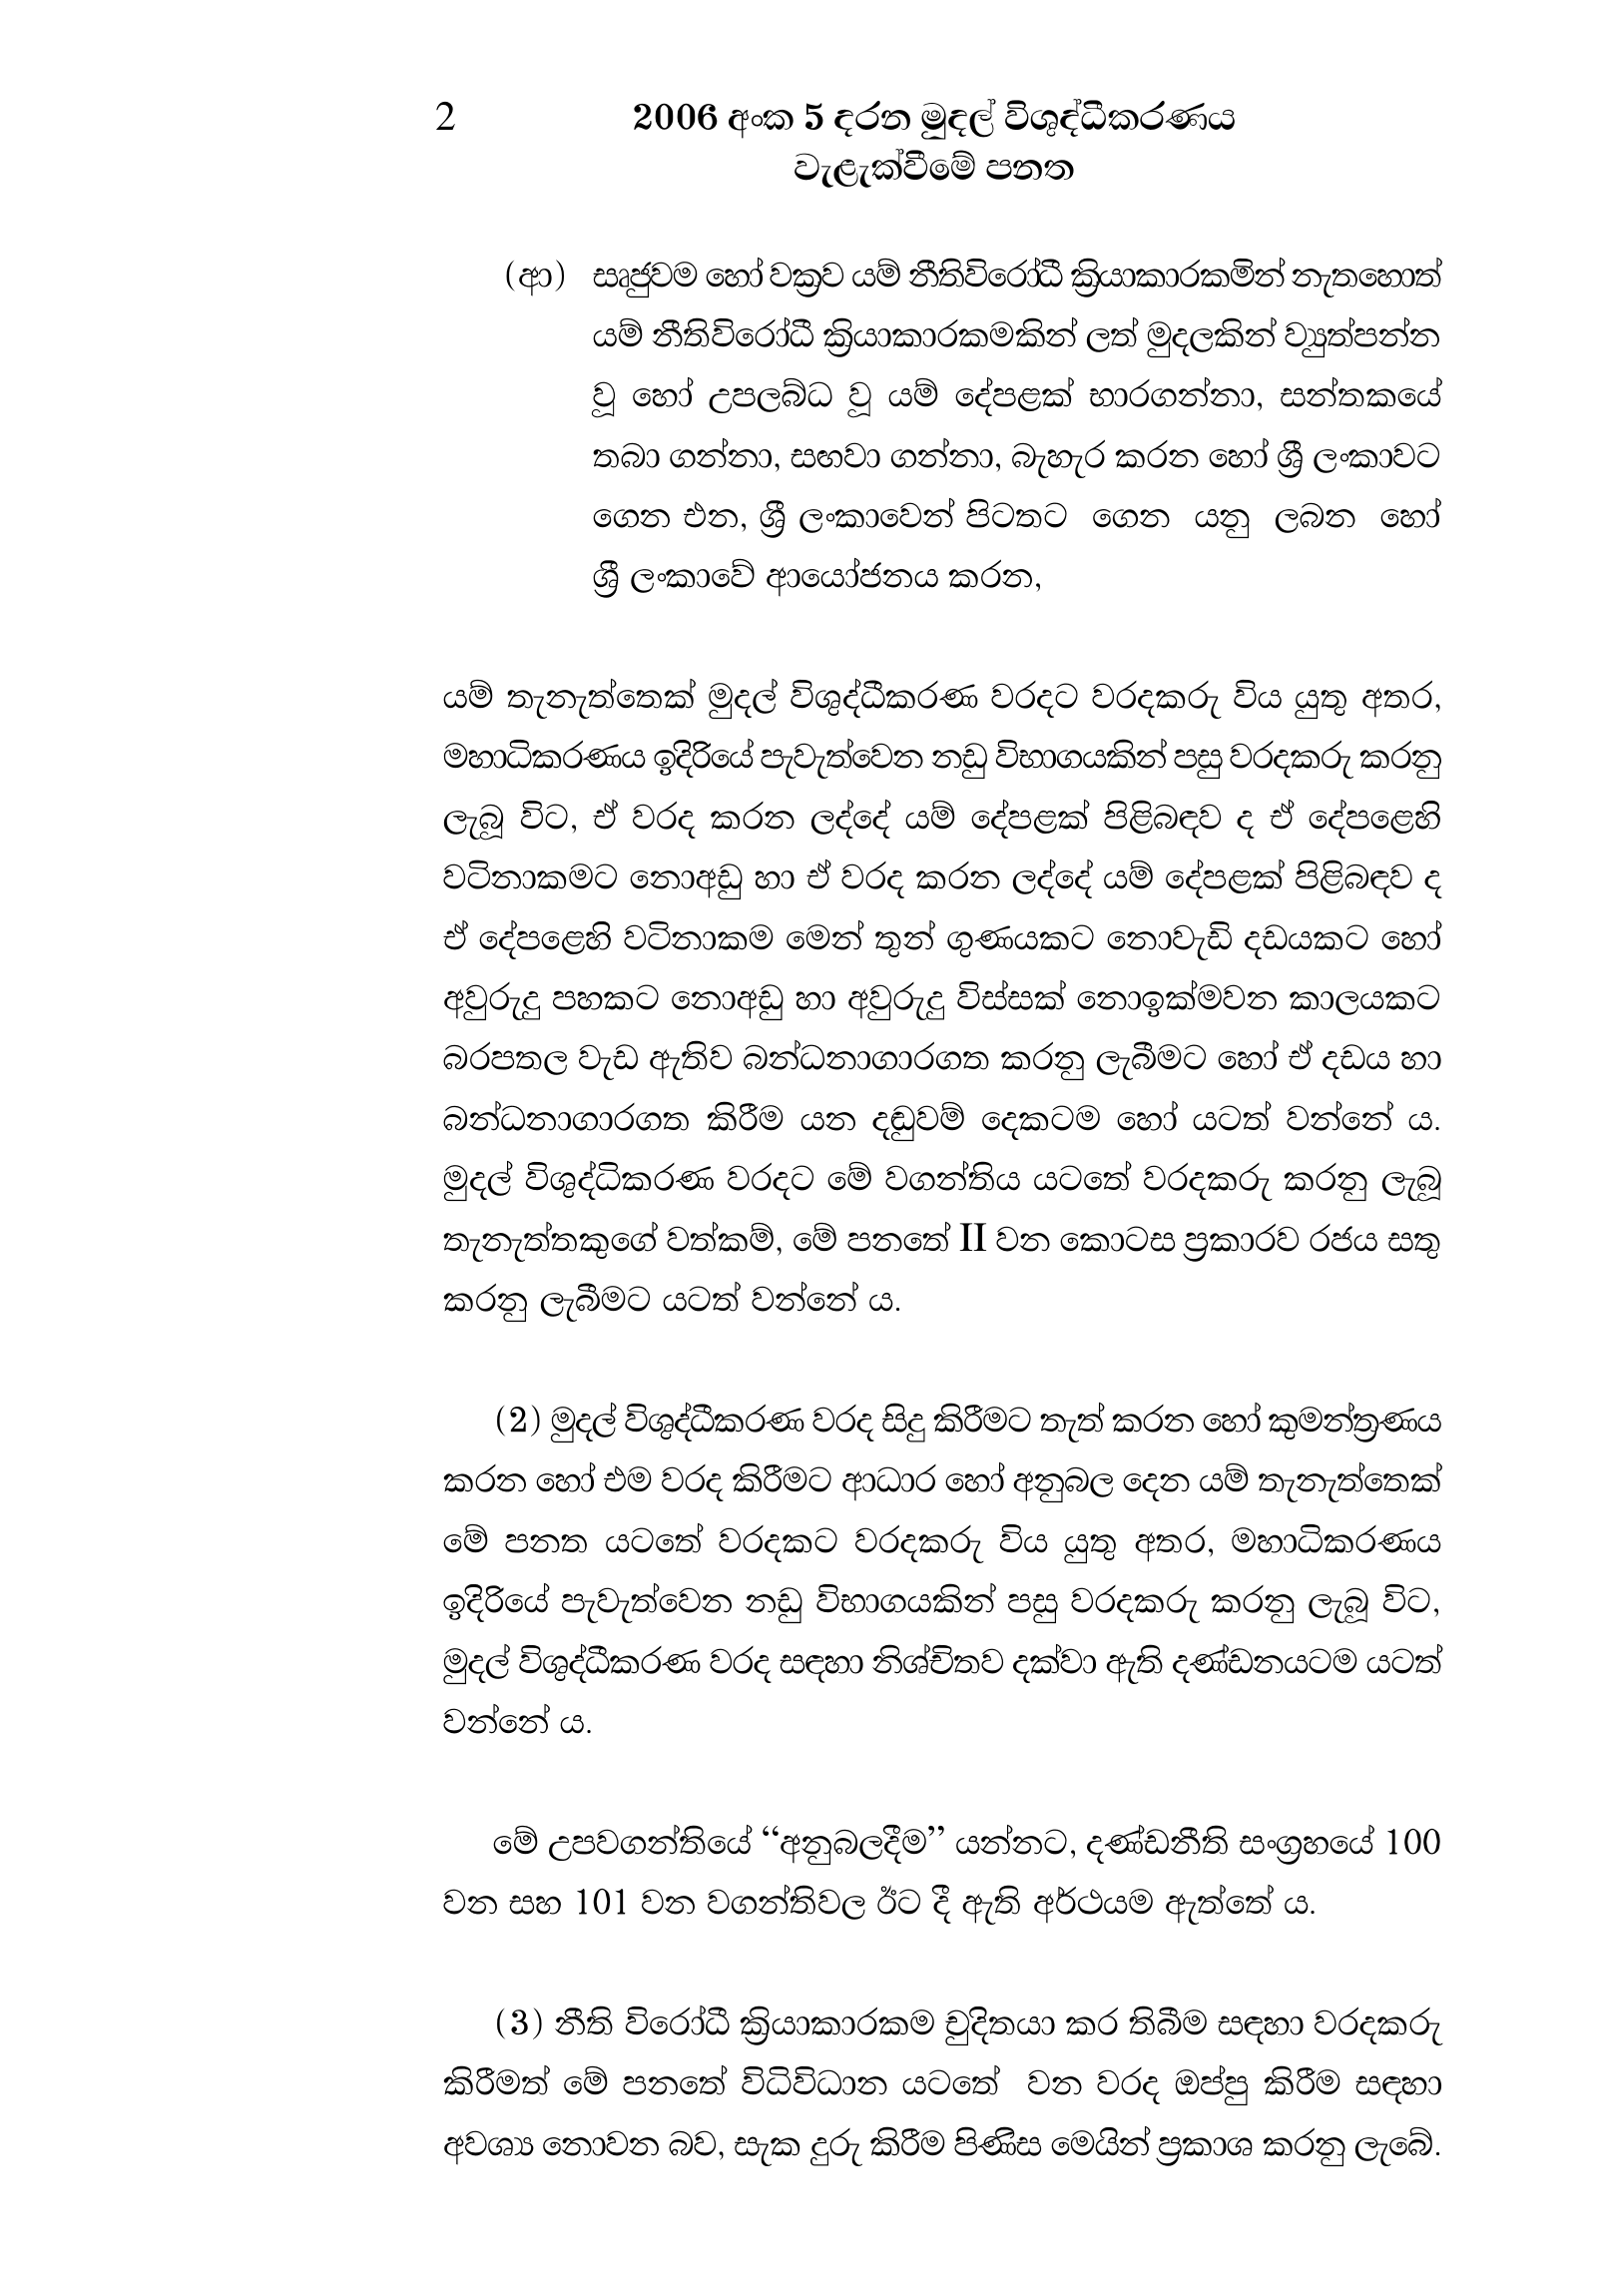
2 2006 අංක 5 දරන මුදල් විශුද්ධීකරණය
වැළැක්වීමේ පනත

(ආ) සෘජුවම හෝ වක්‍රව යම් නීතිවිරෝධී ක්‍රියාකාරකමින් නැතහොත්
යම් නීතිවිරෝධී ක්‍රියාකාරකමකින් ලත් මුදලකින් ව්‍යුත්පන්න
වූ හෝ උපලබ්ධ වූ යම් දේපළක් භාරගන්නා, සන්තකයේ
තබා ගන්නා, සඟවා ගන්නා, බැහැර කරන හෝ ශ්‍රී ලංකාවට
ගෙන එන, ශ්‍රී ලංකාවෙන් පිටතට ගෙන යනු ලබන හෝ
ශ්‍රී ලංකාවේ ආයෝජනය කරන,

යම් තැනැත්තෙක් මුදල් විශුද්ධීකරණ වරදට වරදකරු විය යුතු අතර,
මහාධිකරණය ඉදිරියේ පැවැත්වෙන නඩු විභාගයකින් පසු වරදකරු කරනු
ලැබූ විට, ඒ වරද කරන ලද්දේ යම් දේපළක් පිළිබඳව ද ඒ දේපළෙහි
වටිනාකමට නොඅඩු හා ඒ වරද කරන ලද්දේ යම් දේපළක් පිළිබඳව ද
ඒ දේපළෙහි වටිනාකම මෙන් තුන් ගුණයකට නොවැඩි දඩයකට හෝ
අවුරුදු පහකට නොඅඩු හා අවුරුදු විස්සක් නොඉක්මවන කාලයකට
බරපතල වැඩ ඇතිව බන්ධනාගාරගත කරනු ලැබීමට හෝ ඒ දඩය හා
බන්ධනාගාරගත කිරීම යන දඬුවම් දෙකටම හෝ යටත් වන්නේ ය.
මුදල් විශුද්ධිකරණ වරදට මේ වගන්තිය යටතේ වරදකරු කරනු ලැබූ
තැනැත්තකුගේ වත්කම්, මේ පනතේ II වන කොටස ප්‍රකාරව රජය සතු
කරනු ලැබීමට යටත් වන්නේ ය.

(2) මුදල් විශුද්ධීකරණ වරද සිදු කිරීමට තැත් කරන හෝ කුමන්ත්‍රණය
කරන හෝ එම වරද කිරීමට ආධාර හෝ අනුබල දෙන යම් තැනැත්තෙක්
මේ පනත යටතේ වරදකට වරදකරු විය යුතු අතර, මහාධිකරණය
ඉදිරියේ පැවැත්වෙන නඩු විභාගයකින් පසු වරදකරු කරනු ලැබූ විට,
මුදල් විශුද්ධීකරණ වරද සඳහා නිශ්චිතව දක්වා ඇති දණ්ඩනයටම යටත්
වන්නේ ය.

මේ උපවගන්තියේ “අනුබලදීම” යන්නට, දණ්ඩනීති සංග්‍රහයේ 100
වන සහ 101 වන වගන්තිවල ඊට දී ඇති අර්ථයම ඇත්තේ ය.

(3) නීති විරෝධී ක්‍රියාකාරකම චුදිතයා කර තිබීම සඳහා වරදකරු
කිරීමත් මේ පනතේ විධිවිධාන යටතේ වන වරද ඔප්පු කිරීම සඳහා
අවශ්‍ය නොවන බව, සැක දුරු කිරීම පිණිස මෙයින් ප්‍රකාශ කරනු ලැබේ.